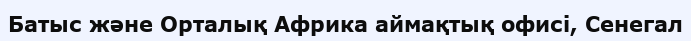
Батыс және Орталық Африка аймақтық офисі, Сенегал